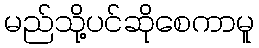
မည်သို့ပင်ဆိုစေကာမူ